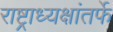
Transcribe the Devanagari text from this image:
राष्ट्राध्यक्षांतर्फे